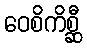
ဝေစိကိစ္ဆီ